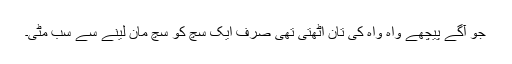
جو آگے پیچھے واہ واہ کی تان اٹھتی تھی صرف ایک سچ کو سچ مان لینے سے سب مٹی۔